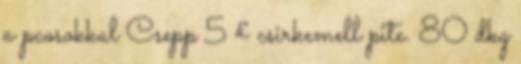
a pcosokkal Csepp 5 £ csirkemell pite. 80 dkg